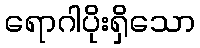
ရောဂါပိုးရှိသော